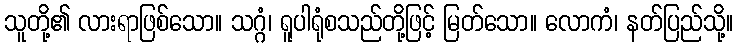
သူတို့၏ လားရာဖြစ်သော။ သဂ္ဂံ၊ ရူပါရုံစသည်တို့ဖြင့် မြတ်သော။ လောကံ၊ နတ်ပြည်သို့။